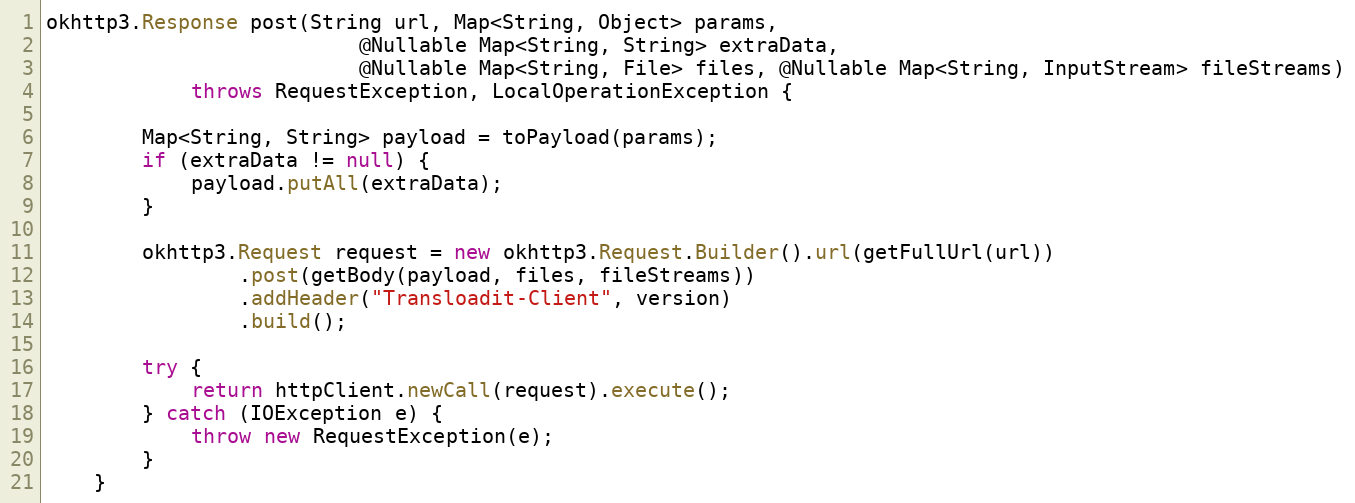
Language: Java
okhttp3.Response post(String url, Map<String, Object> params,
                          @Nullable Map<String, String> extraData,
                          @Nullable Map<String, File> files, @Nullable Map<String, InputStream> fileStreams)
            throws RequestException, LocalOperationException {

        Map<String, String> payload = toPayload(params);
        if (extraData != null) {
            payload.putAll(extraData);
        }

        okhttp3.Request request = new okhttp3.Request.Builder().url(getFullUrl(url))
                .post(getBody(payload, files, fileStreams))
                .addHeader("Transloadit-Client", version)
                .build();

        try {
            return httpClient.newCall(request).execute();
        } catch (IOException e) {
            throw new RequestException(e);
        }
    }